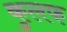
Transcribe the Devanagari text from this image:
कुलफ